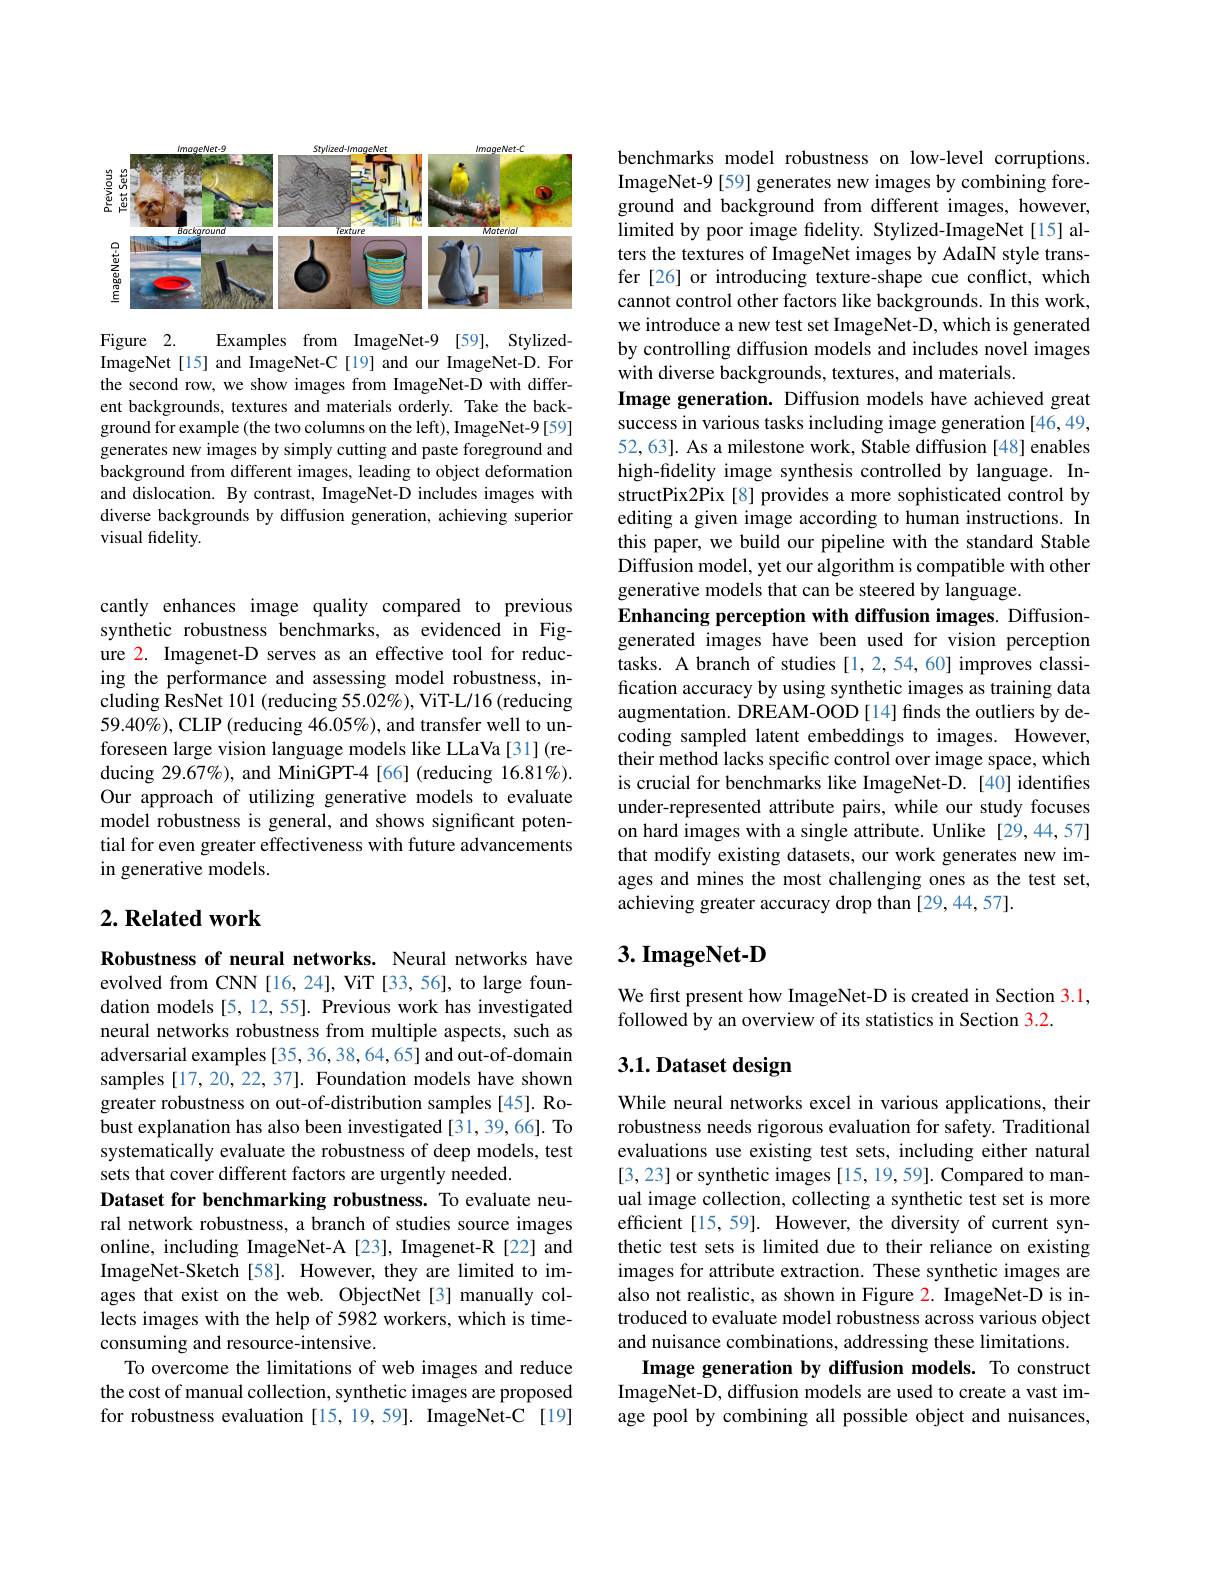
<FigureHere>

Figure 2.
Examples from ImageNet-9 [59], Stylized-
ImageNet[15] and ImageNet-C[19] and our ImageNet-D. For the second row, we show images from ImageNet-D with different backgrounds, textures and materials orderly. Take the background for example (the two columns on the left), ImageNet-9[59] generates new images by simply cutting and paste foreground and background from different images, leading to object deformation and dislocation. By contrast, ImageNet-D includes images with diverse backgrounds by diffusion generation, achieving superior visual fidelity.

cantly enhances image quality compared to previous synthetic robustness benchmarks, as evidenced in Figure 2. Imagenet-D serves as an effective tool for reducing the performance and assessing model robustness, including ResNet 101 (reducing 55.02%), ViT-L/16 (reducing $59.40\%)$,CLIP (reducing 46.05%), and transfer well to unforeseen large vision language models like LLaVa [31](reducing 29.67%), and MiniGPT-4 [66] (reducing 16.81%). Our approach of utilizing generative models to evaluate model robustness is general, and shows significant potential for even greater effectiveness with future advancements in generative models.

## $2. \textbf{ Related work}$

Robustness of neural networks. Neural networks have evolved from CNN [16,24], ViT [33,56], to large foundation models [5,12,55]. Previous work has investigated neural networks robustness from multiple aspects, such as adversarial examples [35,36,38,64,65] and out-of-domain samples [17,20,22,37]. Foundation models have shown greater robustness on out-of-distribution samples [45]. Robust explanation has also been investigated [31,39,66]. To systematically evaluate the robustness of deep models, test sets that cover different factors are urgently needed.
Dataset for benchmarking robustness. To evaluate neural network robustness, a branch of studies source images online, including ImageNet-A [23], Imagenet-R [22] and ImageNet-Sketch[58]. However, they are limited to images that exist on the web. ObjectNet[3] manually collects images with the help of 5982 workers, which is timeconsuming and resource-intensive.
To overcome the limitations of web images and reduce the cost of manual collection, synthetic images are proposed for robustness evaluation [15,19,59]. ImageNet-C [19]

benchmarks model robustness on low-level corruptions. ImageNet-9 [59] generates new images by combining foreground and background from different images, however, limited by poor image fidelity. Stylized-ImageNet[15] alters the textures of ImageNet images by AdaIN style transfer [26] or introducing texture-shape cue conflict, which cannot control other factors like backgrounds. In this work, we introduce a new test set ImageNet-D, which is generated by controlling diffusion models and includes novel images with diverse backgrounds, textures, and materials.
Image generation. Diffusion models have achieved great success in various tasks including image generation [46,49, 52,63]. As a milestone work, Stable diffusion [48] enables high-fidelity image synthesis controlled by language. InstructPix2Pix [8] provides a more sophisticated control by editing a given image according to human instructions. In this paper, we build our pipeline with the standard Stable Diffusion model, yet our algorithm is compatible with other generative models that can be steered by language.
Enhancing perception with diffusion images. Diffusiongenerated images have been used for vision perception tasks. A branch of studies [1,2,54,60] improves classification accuracy by using synthetic images as training data augmentation. DREAM-OOD[14] finds the outliers by decoding sampled latent embeddings to images. However, their method lacks specific control over image space, which is crucial for benchmarks like ImageNet-D. [40] identifies under-represented attribute pairs, while our study focuses on hard images with a single attribute. Unlike [29,44,57] that modify existing datasets, our work generates new images and mines the most challenging ones as the test set, achieving greater accuracy drop than [29,44,57].

# $3. \textbf{ImageNet- D}$

We first present how ImageNet-D is created in Section 3.1,
followed by an overview of its statistics in Section 3.2.

## 3.1. Dataset design

While neural networks excel in various applications, their robustness needs rigorous evaluation for safety. Traditional evaluations use existing test sets, including either natural [3,23] or synthetic images [15, 19,59]. Compared to manual image collection, collecting a synthetic test set is more efficient [15, 59]. However, the diversity of current synthetic test sets is limited due to their reliance on existing images for attribute extraction. These synthetic images are also not realistic, as shown in Figure 2. ImageNet-D is introduced to evaluate model robustness across various object and nuisance combinations, addressing these limitations.
Image generation by diffusion models. To construct ImageNet-D, diffusion models are used to create a vast image pool by combining all possible object and nuisances,